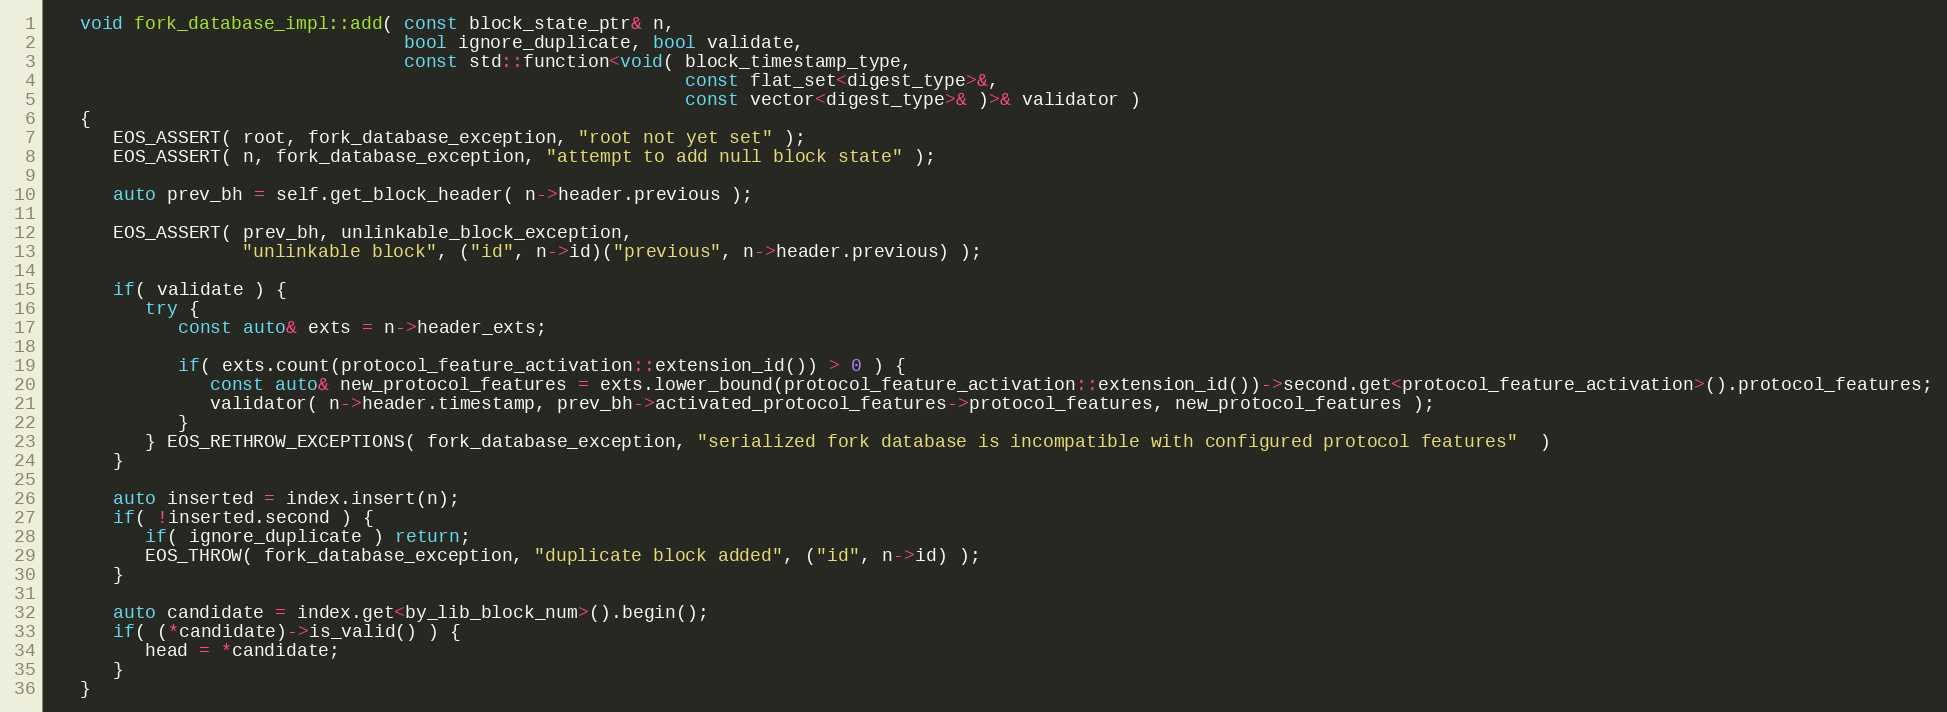
Language: C++
   void fork_database_impl::add( const block_state_ptr& n,
                                 bool ignore_duplicate, bool validate,
                                 const std::function<void( block_timestamp_type,
                                                           const flat_set<digest_type>&,
                                                           const vector<digest_type>& )>& validator )
   {
      EOS_ASSERT( root, fork_database_exception, "root not yet set" );
      EOS_ASSERT( n, fork_database_exception, "attempt to add null block state" );

      auto prev_bh = self.get_block_header( n->header.previous );

      EOS_ASSERT( prev_bh, unlinkable_block_exception,
                  "unlinkable block", ("id", n->id)("previous", n->header.previous) );

      if( validate ) {
         try {
            const auto& exts = n->header_exts;

            if( exts.count(protocol_feature_activation::extension_id()) > 0 ) {
               const auto& new_protocol_features = exts.lower_bound(protocol_feature_activation::extension_id())->second.get<protocol_feature_activation>().protocol_features;
               validator( n->header.timestamp, prev_bh->activated_protocol_features->protocol_features, new_protocol_features );
            }
         } EOS_RETHROW_EXCEPTIONS( fork_database_exception, "serialized fork database is incompatible with configured protocol features"  )
      }

      auto inserted = index.insert(n);
      if( !inserted.second ) {
         if( ignore_duplicate ) return;
         EOS_THROW( fork_database_exception, "duplicate block added", ("id", n->id) );
      }

      auto candidate = index.get<by_lib_block_num>().begin();
      if( (*candidate)->is_valid() ) {
         head = *candidate;
      }
   }